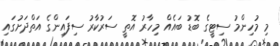
މި މުހިންމު ސިޓީގެ ބޮޑު ބައެއް މިހާރު އޮތީ ސަރުކާރު ސިފައިންގެ އަތްދަށުގައި